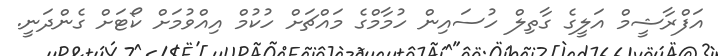
އަފްރާޝީމް އަލީގެ ގާތިލް ހުސައިން ހުމާމްގެ މައްޗަށް ހުކުމް އިއްވުމަށް ކޯޓަށް ގެންދަނީ.